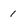
Character: 1